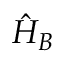
\hat { H } _ { B }